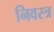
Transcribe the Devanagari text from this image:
निवस्त्र